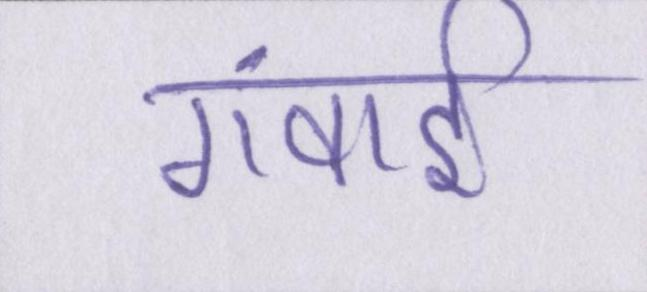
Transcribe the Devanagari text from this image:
गंवाई